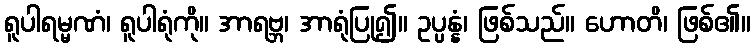
ရူပါရမ္မဏံ၊ ရူပါရုံကို။ အာရဗ္ဘ၊ အာရုံပြု၍။ ဥပ္ပန္နံ၊ ဖြစ်သည်။ ဟောတိ၊ ဖြစ်၏။